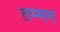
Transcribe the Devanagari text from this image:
तम्मन